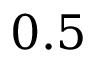
0 . 5